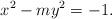
LaTeX: \begin{align*}x^2 - my^2 = -1.\end{align*}